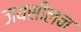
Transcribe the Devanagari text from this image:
जयसीलन